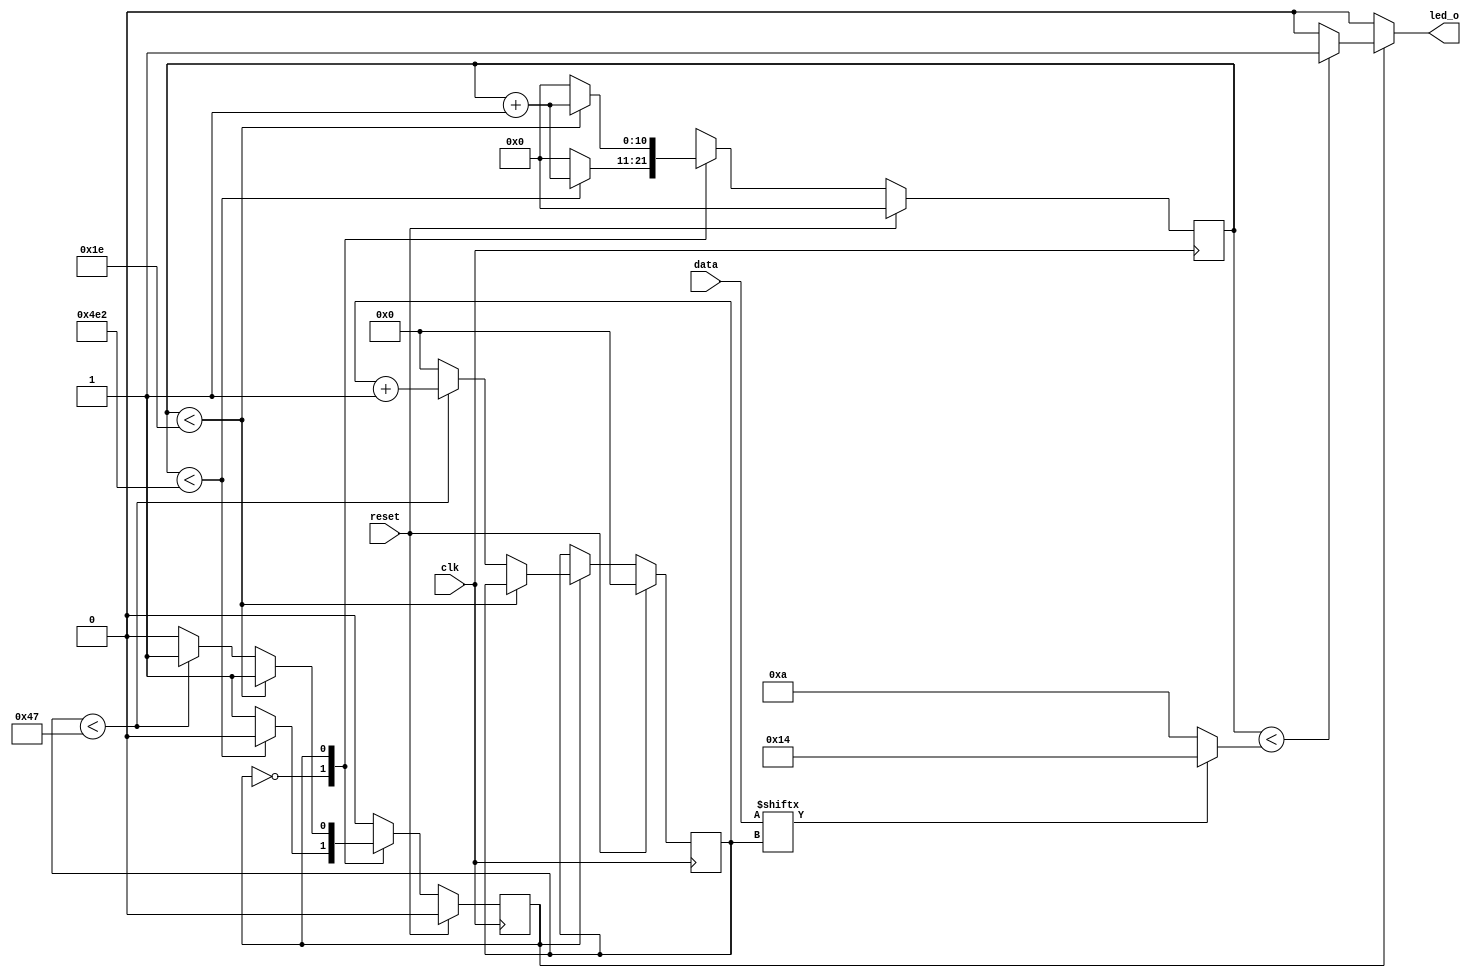
// Copyright 2024 Mathias Garstenauer
//
// Licensed under the Apache License, Version 2.0 (the "License");
// you may not use this file except in compliance with the License.
// You may obtain a copy of the License at
//
// http://www.apache.org/licenses/LICENSE2.0
//
// Unless required by applicable law or agreed to in writing, software
// distributed under the License is distributed on an "AS IS" BASIS,
// WITHOUT WARRANTIES OR CONDITIONS OF ANY KIND, either express or implied.
// See the License for the specific language governing permissions and
// limitations under the License.

`default_nettype none
`ifndef __led__
`define __led__

module led #(
	parameter CLK_SPEED = 25_000_000,		//clock speed of the chip
	parameter LED_CNT = 3,					//number of leds
	parameter CHANNELS = 3,					//number of channels per led
	parameter BITPERCHANNEL = 8,			//bits per channel
	parameter PERIOD = 0.00000125,			//period length of one bit
	parameter HIGH0 = 0.0000004,			//high time for a 0 bit
	parameter HIGH1 = 0.0000008,			//high time for a 1 bit
	parameter REFRESH_DURATION = 0.00005	//duration for reset
)(
	input wire [LED_CNT*CHANNELS*BITPERCHANNEL-1:0]data, //data
	output wire led_o,						//output for leds
	input wire clk,							//internal clock
	input wire reset						//chip reset
);
	
	
	//calculating multiple constants out of the parameters 
	localparam DATAWIDTH = LED_CNT*CHANNELS*BITPERCHANNEL;
	localparam DATACOUNTWIDTH = $clog2(DATAWIDTH);
	
	localparam REFRESH_PERIOD32 = $rtoi(CLK_SPEED*REFRESH_DURATION);
	localparam COUNT_PERIOD32 = $rtoi(CLK_SPEED*PERIOD);
	localparam COUNT_0H32 =  $rtoi(CLK_SPEED*HIGH0);
	localparam COUNT_1H32 =  $rtoi(CLK_SPEED*HIGH1);
	
	localparam COUNTWIDTH = $clog2(REFRESH_PERIOD32);
	//truncation to discard errors with operators later on
	localparam REFRESH_PERIOD = REFRESH_PERIOD32[COUNTWIDTH-1:0];
	localparam COUNT_PERIOD = COUNT_PERIOD32[COUNTWIDTH-1:0];
	localparam COUNT_0H = COUNT_0H32[COUNTWIDTH-1:0];
	localparam COUNT_1H = COUNT_1H32[COUNTWIDTH-1:0];
	
	localparam Refresh = 1'b0;
	localparam Write = 1'b1;
	
	reg [DATACOUNTWIDTH-1:0] datacounter, next_datacounter;
	reg [COUNTWIDTH-1:0] counter, next_counter;
	reg state, next_state;
	reg led_out;

	//the registers are updated each clock cylce with their new values
	always @(posedge clk) begin
		if (reset) begin
			state <= 0;
			counter <= 0;
			datacounter <= 0;
		end else begin
			counter <= next_counter;
			datacounter <= next_datacounter;
			state <= next_state;
		end
		
	end
	
	//updates the leds constantly (includes a refresh period)
	always @(counter or datacounter) begin
		next_counter <= counter;
		next_datacounter <= datacounter;
		next_state <= state;
		led_out <= 1'b0;
		case (state) 
			//refresh for the leds the counter value is calculated from 
			//the internal clock as well as the needed duration
			Refresh: begin
				if (counter < REFRESH_PERIOD) begin
					next_counter <= counter + 1;
				end else begin
					next_counter <= 0;
					next_state <= Write;
				end
			end
			//writes the bits from data to the leds
			Write: begin
				if (counter < COUNT_PERIOD-1'b1) begin	//runs for one period
					next_counter <= counter + 1;
				end else begin
					next_counter <= 0;
					if (datacounter < DATAWIDTH-1'b1) begin	//runs for all bits
						next_datacounter <= datacounter + 1;
					end else begin
						next_datacounter <= 0;
						next_state <= Refresh;
					end
				end
				//set output to low at the right time according to the current bit
				if (counter < ((data[datacounter])?COUNT_1H:COUNT_0H)) begin
					led_out <= 1'b1;
				end else begin
					led_out <= 1'b0;
				end
			end
		endcase
	end
	assign led_o = led_out;
endmodule

`endif